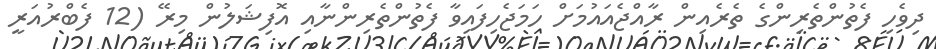
ދިވެހި ފެތުންތެރިންގެ ތެރެއިން ރާއްޖެއައުމަށް ހަމަޖެހިފައިވާ ފެތުންތެރިންނާއި އޮފިޝަލުން މިރޭ (12 ފެބްރުއަރީ